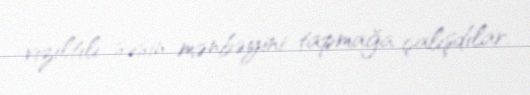
vızıltılı səsin mənbəyini tapmağa çalışdılar.